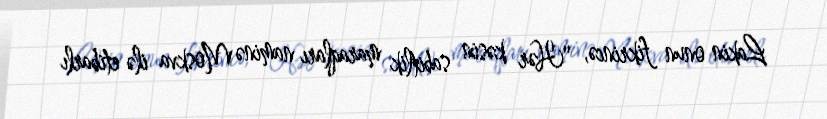
Lakin onun fikrincə, "Hər kəsin sabitlik maraqları naminə Moskva ilə etibarlı